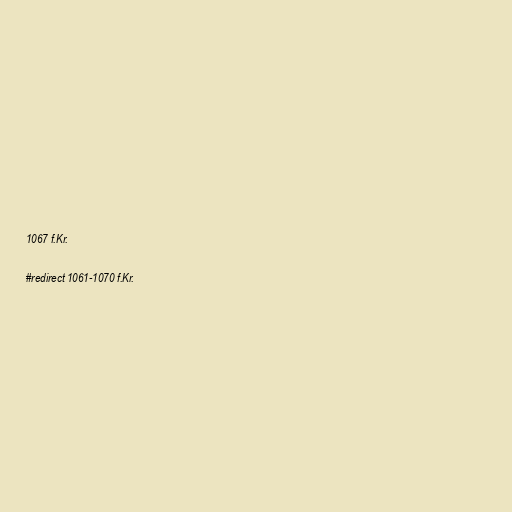
1067 f.Kr.

#redirect 1061-1070 f.Kr.